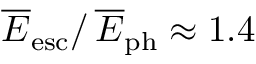
\overline { E } _ { \mathrm { e s c } } / \, \overline { E } _ { \mathrm { p h } } \approx 1 . 4